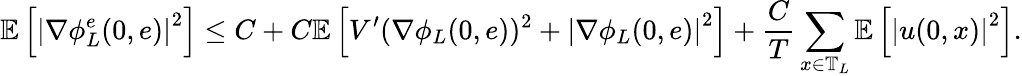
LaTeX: \mathbb{E}\left[\left|\nabla\phi_{L}^{e}(0,e)\right|^{2}\right]\leq C+C\mathbb{E}\left[V^{\prime}(\nabla\phi_{L}(0,e))^{2}+\left|\nabla\phi_{L}(0,e)\right|^{2}\right]+\frac{C}{T}\sum_{x\in\mathbb{T}_{L}}\mathbb{E}\left[\left|u(0,x)\right|^{2}\right].